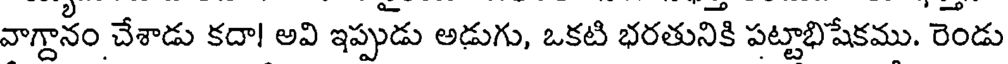
వాగ్దానం చేశాడు కదా! అవి ఇప్పుడు అడుగు, ఒకటి భరతునికి పట్టాభిషేకము. రెండు